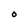
Character: O